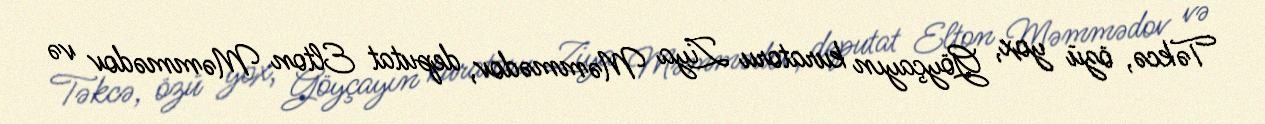
Təkcə, özü yox, Göyçayın kuratoru Ziya Məmmədov, deputat Elton Məmmədov və